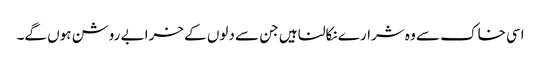
اسی خاک سے وہ شرارے نکالنا ہیں جن سے دلوں کے خرابے روشن ہوں گے۔